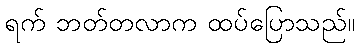
ရက် ဘတ်တလာက ထပ်ပြောသည်။